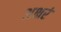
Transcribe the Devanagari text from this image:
अक्षरं